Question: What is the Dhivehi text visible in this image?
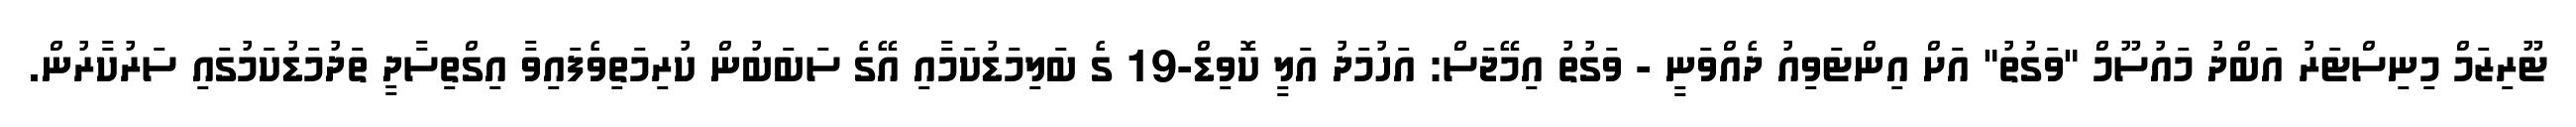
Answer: ޓޫރިޒަމް މިނިސްޓަރު އަބްދު މައުސޫމް "ވަގުތު" އަށް އިންޓަވިއު ދެއްވަނީ - ވަގުތު އިމޭޖަސް: އަހުމަދު އަލީ ކޮވިޑް-19 ގެ ބަލިމަޑުކަމާއި އޭގެ ސަބަބުން ކުރިމަތިވެފައިވާ އިގްތިސާދީ ތަދުމަޑުކަމުގައި ސަރުކާރުން.